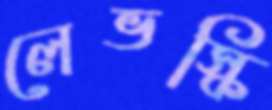
লেভস্কি